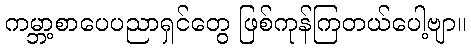
ကမ္ဘာ့စာပေပညာရှင်တွေ ဖြစ်ကုန်ကြတယ်ပေါ့ဗျာ။